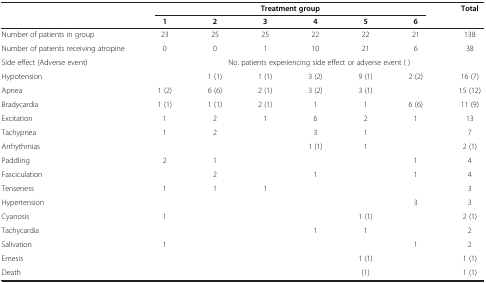
<table><thead><tr><td rowspan="2"><b> </b></td><td colspan="6"><b>Treatment group</b></td><td rowspan="2"><b>Total</b></td></tr><tr><td><b>1</b></td><td><b>2</b></td><td><b>3</b></td><td><b>4</b></td><td><b>5</b></td><td><b>6</b></td></tr></thead><tbody><tr><td>Number of patients in group</td><td>23</td><td>25</td><td>25</td><td>22</td><td>22</td><td>21</td><td>138</td></tr><tr><td>Number of patients receiving atropine</td><td>0</td><td>0</td><td>1</td><td>10</td><td>21</td><td>6</td><td>38</td></tr><tr><td>Side effect (Adverse event)</td><td colspan="7">No. patients experiencing side effect or adverse event ( )</td></tr><tr><td>Hypotension</td><td> </td><td>1 (1)</td><td>1 (1)</td><td>3 (2)</td><td>9 (1)</td><td>2 (2)</td><td>16 (7)</td></tr><tr><td>Apnea</td><td>1 (2)</td><td>6 (6)</td><td>2 (1)</td><td>3 (2)</td><td>3 (1)</td><td> </td><td>15 (12)</td></tr><tr><td>Bradycardia</td><td>1 (1)</td><td>1 (1)</td><td>2 (1)</td><td>1</td><td>1</td><td>6 (6)</td><td>11 (9)</td></tr><tr><td>Excitation</td><td>1</td><td>2</td><td>1</td><td>6</td><td>2</td><td>1</td><td>13</td></tr><tr><td>Tachypnea</td><td>1</td><td>2</td><td> </td><td>3</td><td>1</td><td> </td><td>7</td></tr><tr><td>Arrhythmias</td><td> </td><td> </td><td> </td><td>1 (1)</td><td>1</td><td> </td><td>2 (1)</td></tr><tr><td>Paddling</td><td>2</td><td>1</td><td> </td><td> </td><td> </td><td>1</td><td>4</td></tr><tr><td>Fasciculation</td><td> </td><td>2</td><td> </td><td>1</td><td> </td><td>1</td><td>4</td></tr><tr><td>Tenseness</td><td>1</td><td>1</td><td>1</td><td> </td><td> </td><td> </td><td>3</td></tr><tr><td>Hypertension</td><td> </td><td> </td><td> </td><td> </td><td> </td><td>3</td><td>3</td></tr><tr><td>Cyanosis</td><td>1</td><td> </td><td> </td><td> </td><td>1 (1)</td><td> </td><td>2 (1)</td></tr><tr><td>Tachycardia</td><td> </td><td> </td><td> </td><td>1</td><td>1</td><td> </td><td>2</td></tr><tr><td>Salivation</td><td>1</td><td> </td><td> </td><td> </td><td> </td><td>1</td><td>2</td></tr><tr><td>Emesis</td><td> </td><td> </td><td> </td><td> </td><td>1 (1)</td><td> </td><td>1 (1)</td></tr><tr><td>Death</td><td> </td><td> </td><td> </td><td> </td><td>(1)</td><td> </td><td>1 (1)</td></tr></tbody></table>